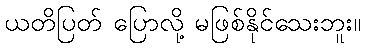
ယတိပြတ် ပြောလို့ မဖြစ်နိုင်သေးဘူး။